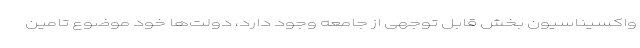
واکسیناسیون بخش قابل توجهی از جامعه وجود دارد، دولت‌ها خود موضوع تامین